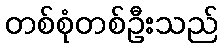
တစ်စုံတစ်ဦးသည်